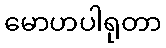
မောဟပါရုတာ